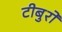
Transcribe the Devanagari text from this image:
टीबुरों